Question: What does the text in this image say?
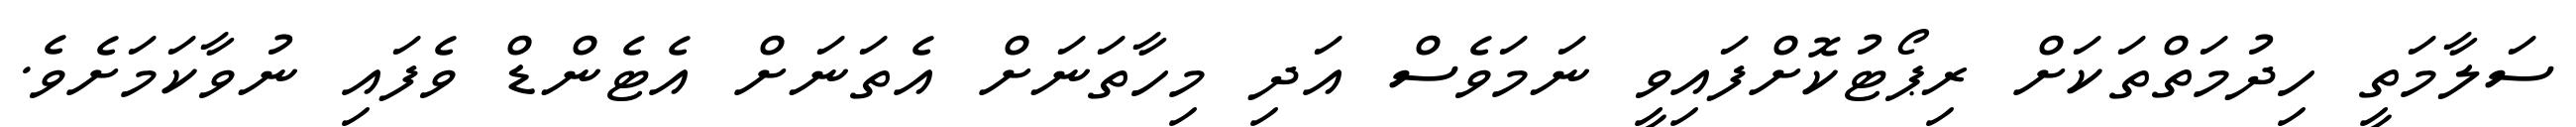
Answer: ސަލާމަތީ ހިދުމަތްތަކަށް ރިޕޯޓުކޮށްފައިވީ ނަމަވެސް އަދި މިހާތަނަށް އެތަނަށް އެޓެންޑް ވެފައި ނުވާކަމަށެވެ.